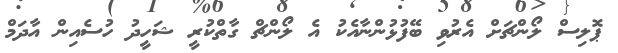
ޕޮލިސް ލޯންޗަށް އެރުވި ބޭފުޅުންނާއެކު އެ ލޯންޗް ގާތްކުރީ ޝަހީދު ހުސެއިން އާދަމް